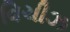
વિચીઝ